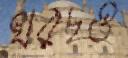
খরচও